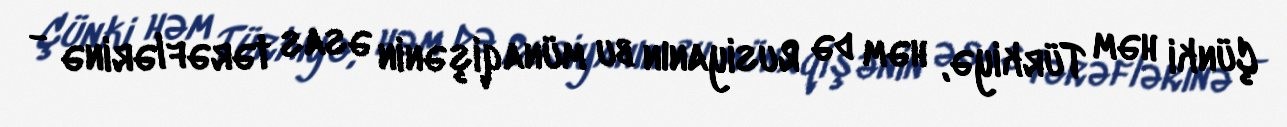
Çünki həm Türkiyə, həm də Rusiyanın bu münaqişənin əsas tərəflərinə -